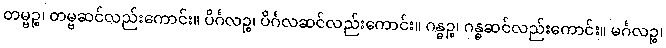
တမ္ဗဉ္စ၊ တမ္ဗဆင်လည်းကောင်း။ ပိင်္ဂလဉ္စ၊ ပိင်္ဂလဆင်လည်းကောင်း။ ဂန္ဓဉ္စ၊ ဂန္ဓဆင်လည်းကောင်း။ မင်္ဂလဉ္စ၊